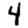
Digit: 4